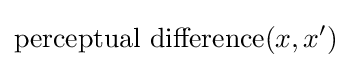
\operatorname {perceptual~difference} (x,x')